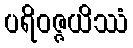
ပရိဝဇ္ဇယိဿံ